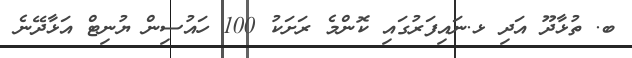
ބ. ތުޅާދޫ އަދި ޅ.ނައިފަރުގައި ކޮންމެ ރަށަކު 100 ހައުސިން ޔުނިޓް އަޅާދޭނެ